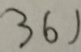
3 6 1